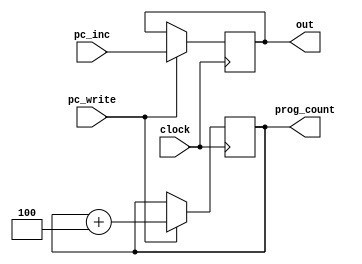
module pc_counter(
	input wire clock,
	input wire [31:0]pc_inc,
	input wire pc_write,
	output reg [31:0]out,
	output reg [31:0]prog_count
);

initial begin
	out = 0;
	prog_count = 4194304; //8'h00400000
end


always @(posedge clock) begin
	if(pc_write) begin
		out = pc_inc;
		prog_count = prog_count + 4;
	end

end


endmodule